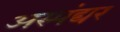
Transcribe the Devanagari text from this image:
अस्पंद्यर